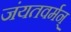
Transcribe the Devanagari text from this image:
जंयतवर्मन्